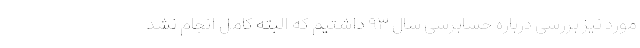
مورد نیز بررسی درباره حسابرسی سال ۹۳ داشتیم که البته کامل انجام نشد